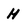
Character: H